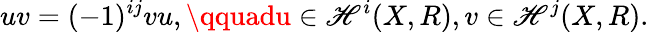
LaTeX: uv=(-1)^{ij}vu,\qquadu\in\mathscr{H}^{i}(X,R),v\in\mathscr{H}^{j}(X,R).